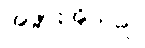
အဖွားအိုသည်